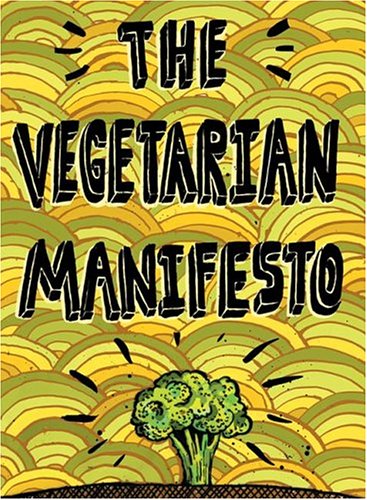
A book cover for Vegetarian Manifesto; Cheryl L. Perry; Teen & Young Adult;